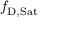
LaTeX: f _ { \mathrm { { D , S a t } } }